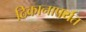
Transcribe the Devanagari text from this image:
ठिकानापर्यंत